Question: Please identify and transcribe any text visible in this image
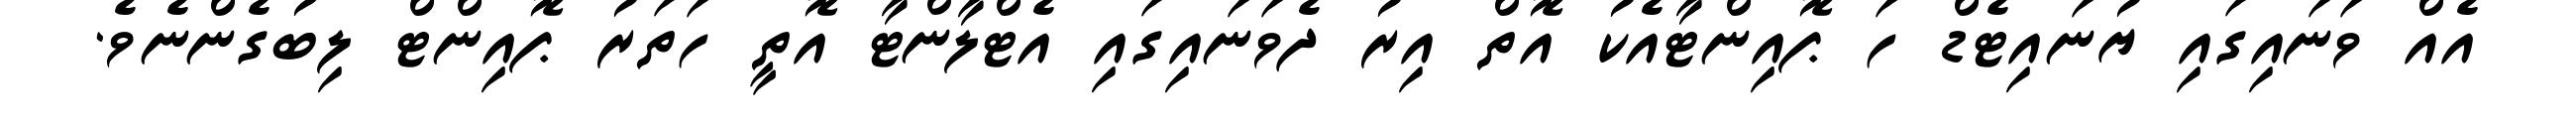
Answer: އެއް ވަނައިގައި ޔުނައިޓެޑް ހަ ޕޮއިންޓާއެކު އޮތް އިރު ދެވަނައިގައި އެޓްލާންޓާ އޮތީ ހަތަރު ޕޮއިންޓް ލިބުގެންނެވެ.